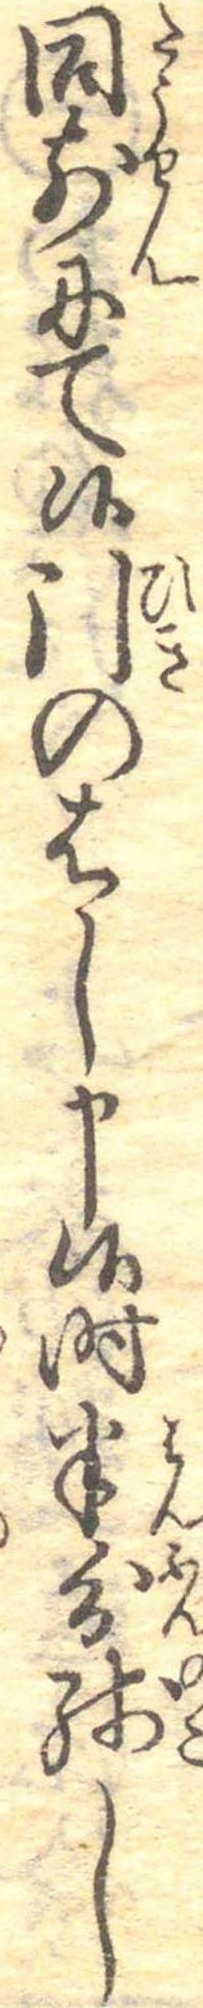
同前にて候引のはし申候時半分残し